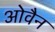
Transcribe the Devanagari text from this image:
ओवैन